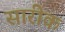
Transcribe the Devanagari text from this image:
सारीक